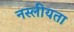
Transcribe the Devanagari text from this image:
नस्लीयता